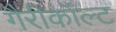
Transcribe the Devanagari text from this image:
गैरीकॉल्ट